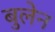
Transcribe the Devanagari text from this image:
बुलेन